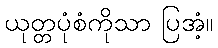
ယုတ္တပုံစံကိုသာ ပြအံ့။